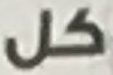
كل